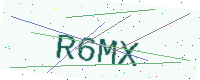
Text: R6MX